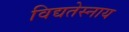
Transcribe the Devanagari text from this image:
विद्यतेस्नाय